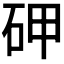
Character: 𥑐